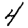
Digit: 4